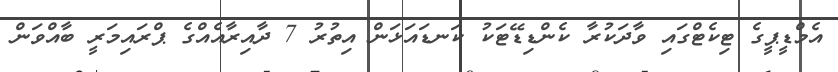
އެމްޑީޕީގެ ޓިކެޓްގައި ވާދަކުރާ ކެންޑިޑޭޓަކު ކަނޑައަޅަން އިތުރު 7 ދާއިރާއެއްގެ ޕްރައިމަރީ ބާއްވަން